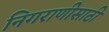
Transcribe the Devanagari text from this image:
निगराणीसाठी